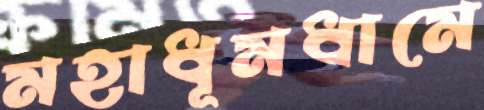
মহাধূমধামে